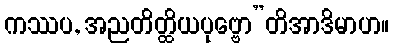
ကဿပ, အညတိတ္ထိယပုဗ္ဗော”တိအာဒိမာဟ။